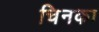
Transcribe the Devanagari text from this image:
चिनका